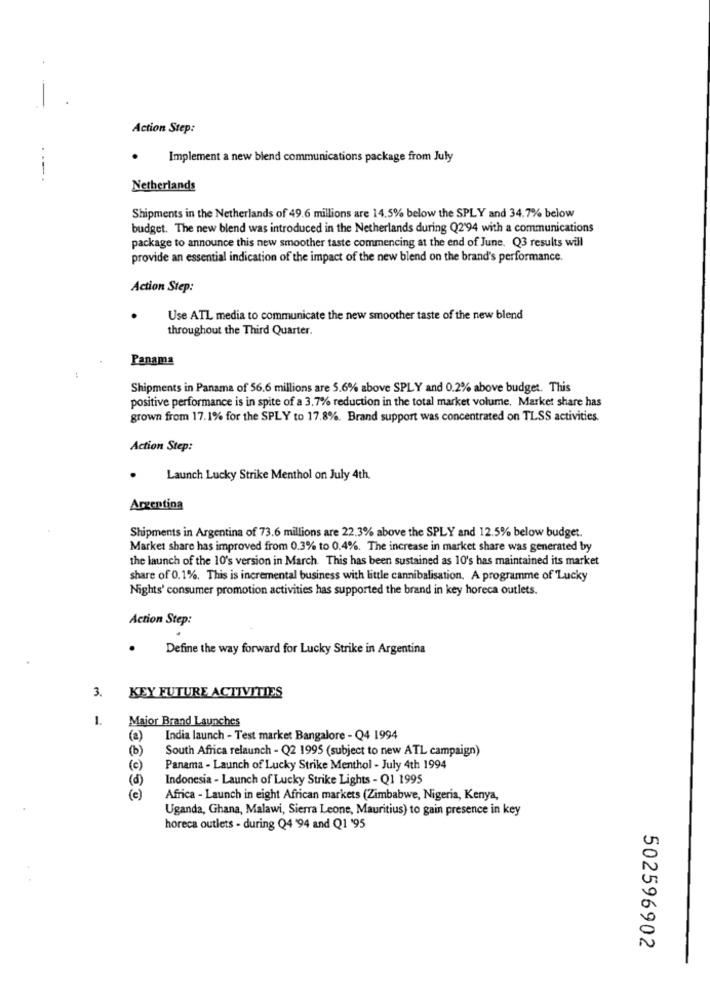
Action Step:
.
Implement a new blend communications package from July
-
Netherlands
Shipments in the Netherlands of 49.6 millions are 14.5% below the SPLY and 34.7% below
budget. The new blend was introduced in the Netherlands during Q2'94 with a communications
package to announce this new smoother taste commencing at the end of June. Q3 results will
provide an essential indication of the impact of the new blend on the brand's performance.
Action Step:
Use ATL media to communicate the new smoother taste of the new blend
throughout the Third Quarter.
Panama
Shipments in Panama of 56.6 millions are 5.6% above SPLY and 0.2% above budget. This
positive performance is in spite of a 3.7% reduction in the total market volume, Market share has
grown from 17.1% for the SPLY to 17.8%. Brand support was concentrated on TLSS activities.
Action Step:
.
Launch Lucky Strike Menthol on July 4th
Argentina
Shipments in Argentina of 73.6 millions are 22.3% above the SPLY and 12.5% below budget.
Market share has improved from 0.3% to 0.4%. The increase in market share was generated by
the launch of the 10's version in March. This has been sustained as 10's has maintained its market
share of 0.1%. This is incremental business with little cannibalisation. A programme of Lucky
Nights' consumer promotion activities has supported the brand in key horeca outlets.
Action Step:
.
Define the way forward for Lucky Strike in Argentina
3.
KEY FUTURE ACTIVITIES
1.
Major Brand Launches
(a)
India launch - Test market Bangalore - Q4 1994
(b)
South Africa relaunch - Q2 1995 (subject to new ATL campaign)
(c)
Panama - Launch of Lucky Strike Menthol - July 4th 1994
(d)
Indonesia - Launch of Lucky Strike Lights - Q1 1995
(e)
Africa - Launch in eight African markets (Zimbabwe, Nigeria, Kenya,
Uganda, Ghana, Malawi, Sierra Leone, Mauritius) to gain presence in key
horeca outlets - during Q4 '94 and Q1 '95
502596902